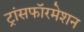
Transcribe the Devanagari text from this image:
ट्रांसफॉरमेशन